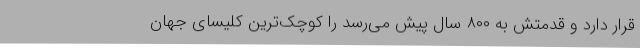
قرار دارد و قدمتش به ۸۰۰ سال پیش می‌رسد را کوچک‌ترین کلیسای جهان